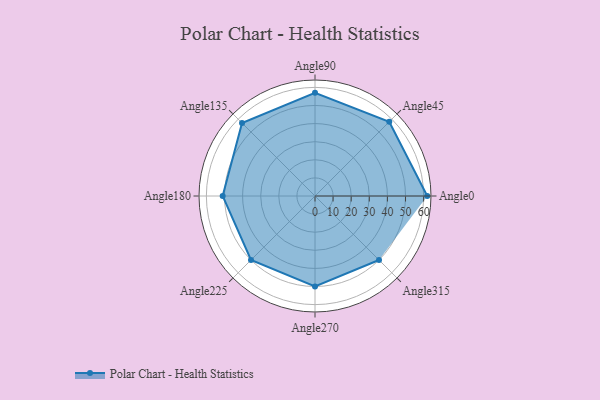
{"axis": {"x": "Angle", "y": "Radius"}, "legend": [""], "data": [{"x": "Angle0", "y": 62.0, "type": ""}, {"x": "Angle45", "y": 58.0, "type": ""}, {"x": "Angle90", "y": 57.0, "type": ""}, {"x": "Angle135", "y": 57.0, "type": ""}, {"x": "Angle180", "y": 51.0, "type": ""}, {"x": "Angle225", "y": 50, "type": ""}, {"x": "Angle270", "y": 50, "type": ""}, {"x": "Angle315", "y": 50, "type": ""}]}